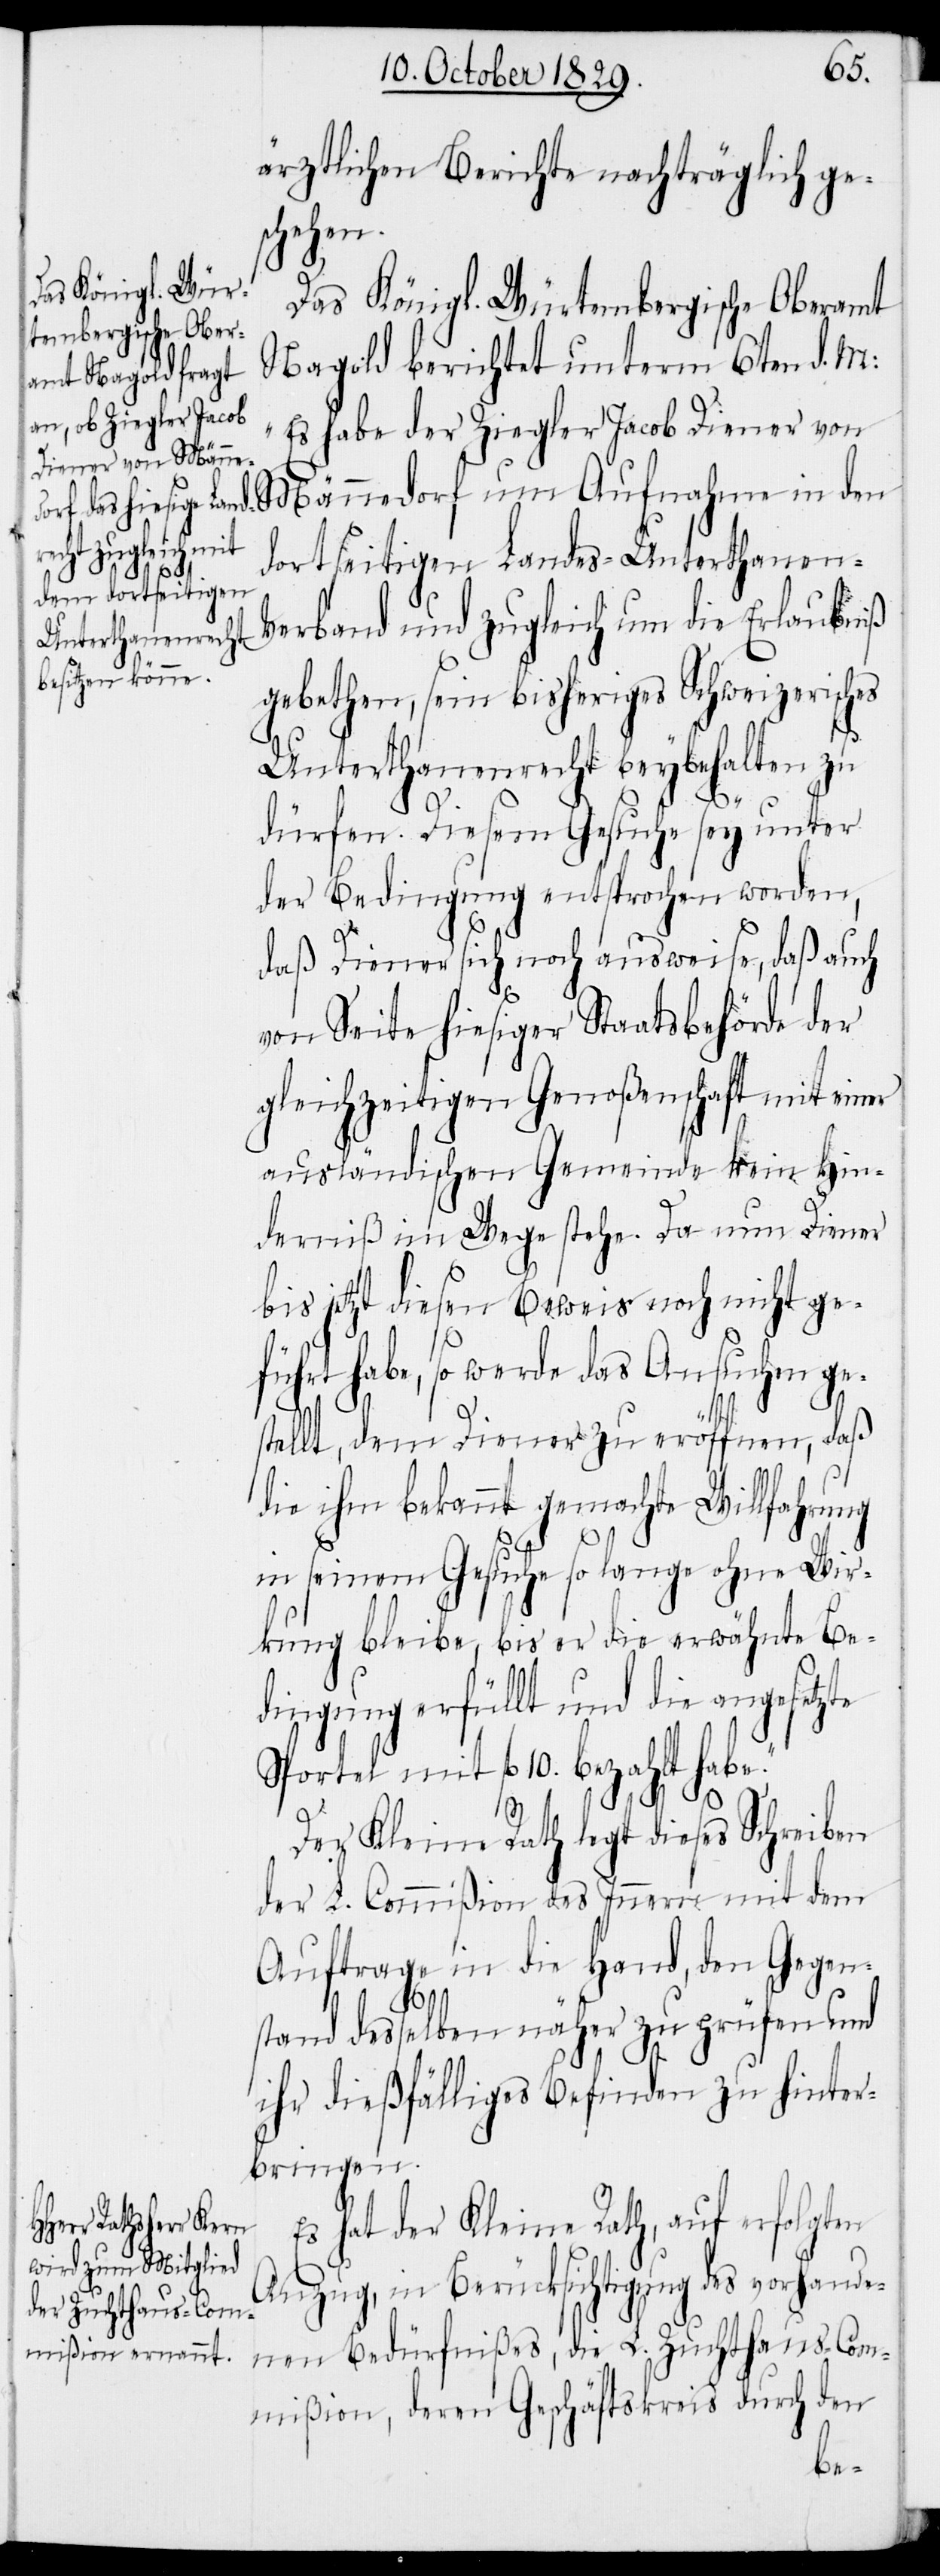
ärztlichen Berichte nachträglich ge¬
schehen.
Das Königl. Würtembergische Oberamt
Nagold berichtet unterm 6ten d. M.:
„Es habe der Ziegler Jacob Diener von
dortseitigen Landes-Unterthanen-V¬
erband und zugleich um die Erlaubniß
gebethen, sein bisheriges Schweizerisches
Unterthanenrecht beybehalten zu
dürfen. Diesem Gesuche sey unter
der Bedingung entsprochen worden,
daß Diener sich noch ausweise, daß auch
von Seite hiesiger Staatsbehörde der
gleichzeitigen Genoßenschaft mit einer
ausländischen Gemeinde kein Hin¬
derniß im Wege stehe. Da nun Diener
bis jetzt diesen Beweis noch nicht ge¬
führt habe, so werde das Ansuchen ges¬
tellt, dem Diener zu eröffnen, daß
die ihm bekannt gemachte Willfahrung
in seinem Gesuche so lange ohne Wir¬
kung bleibe, bis er die erwähnte Be¬
dingung erfüllt und die angesetzte
Sportel mit fl 10. bezahlt habe.“
Der Kleine Rath legt dieses Schreiben
der L. Commißion des Innern mit dem
Auftrage in die Hand, den Gegen¬
stand desselben näher zu prüfen und
ihr dießfälliges Befinden zu hinter¬
bringen.
Es hat der Kleine Rath, auf erfolgten
Anzug, in Berücksichtigung des vorhande¬
nen Bedürfnißes, die L. Zuchthaus-Com¬
mißion, deren Geschäftskreis durch den